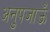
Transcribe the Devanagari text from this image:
अनुपजाऊँ